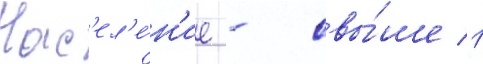
Нас'ел'е́н'ие - свы́ше 1